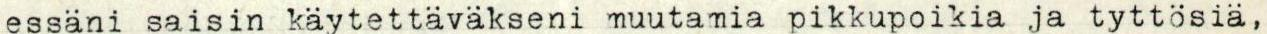
essäni saisin käytettäväkseni muutamia pikkupoikia ja tyttösiä,